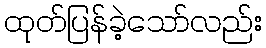
ထုတ်ပြန်ခဲ့သော်လည်း